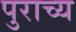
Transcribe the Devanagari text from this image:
पुराच्य